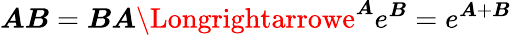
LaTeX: \boldsymbol{\mathit{A}}\boldsymbol{B}=\boldsymbol{B}\boldsymbol{\mathit{A}}\Longrightarrowe^{\boldsymbol{\mathit{A}}}e^{\boldsymbol{B}}=e^{\boldsymbol{\mathit{A}}+\boldsymbol{B}}